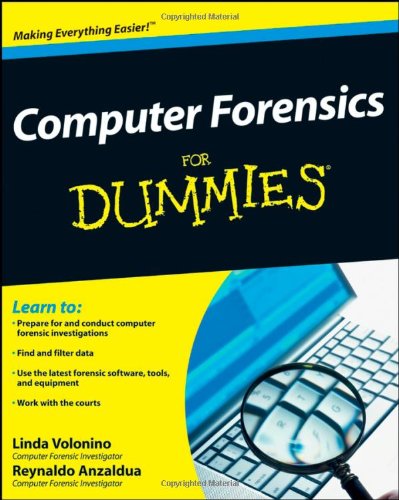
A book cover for Computer Forensics For Dummies; Linda Volonino; Computers & Technology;